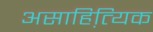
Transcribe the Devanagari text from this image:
असाहित्यि़क